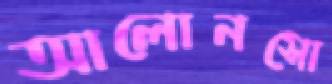
আলোনসো